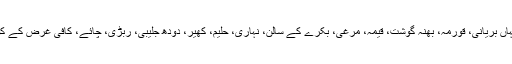
پھر دوپہر اور رات کے کھانے کے لئے یہاں بریانی، قورمہ، بھنہ گوشت، قیمہ، مرغی، بکرے کے سالن، نہاری، حلیم، کھیر، دودھ جلیبی، ربڑی، چائے، کافی غرض کے کون سی چیز ہے جو مال روڈ پر نہ ملتی ہو۔